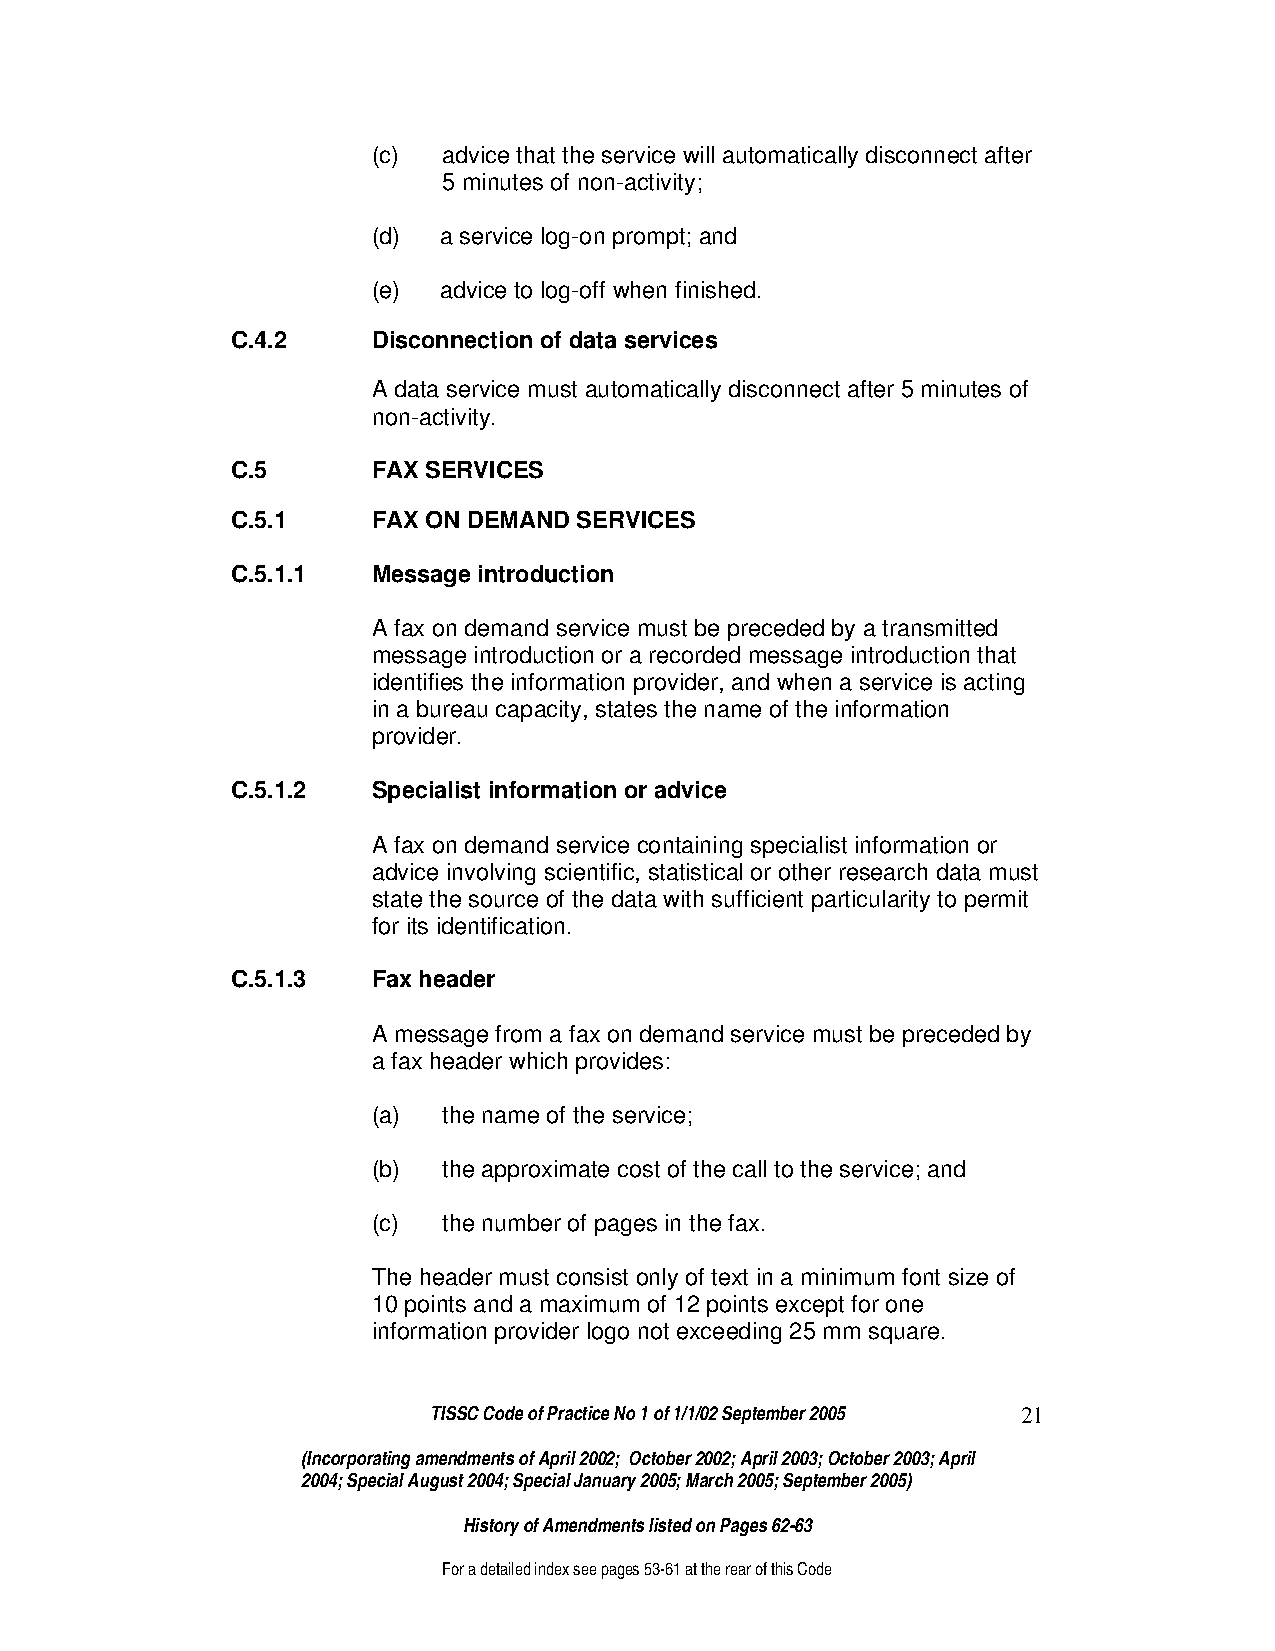
(c) advice that the service will automatically disconnect after
 5 minutes of non-activity;
 (d) a service log-on prompt; and
 (e) advice to log-off when finished.
 C.4.2     Disconnection of data services
 A data service must automatically disconnect after 5 minutes of
 non-activity.
 C.5       FAX SERVICES
 C.5.1     FAX ON DEMAND SERVICES
 C.5.1.1   Message introduction
 A fax on demand service must be preceded by a transmitted
 message introduction or a recorded message introduction that
 identifies the information provider, and when a service is acting
 in a bureau capacity, states the name of the information
 provider.
 C.5.1.2   Specialist information or advice
 A fax on demand service containing specialist information or
 advice involving scientific, statistical or other research data must
 state the source of the data with sufficient particularity to permit
 for its identification.
 C.5.1.3   Fax header
 A message from a fax on demand service must be preceded by
 a fax header which provides:
 (a) the name of the service;
 (b) the approximate cost of the call to the service; and
 (c) the number of pages in the fax.
 The header must consist only of text in a minimum font size of
 10 points and a maximum of 12 points except for one
 information provider logo not exceeding 25 mm square.
 TISSC Code of Practice No 1 of 1/1/02 September 2005 21
 (Incorporating amendments of April 2002; October 2002; April 2003; October 2003; April
 2004; Special August 2004; Special January 2005; March 2005; September 2005)
 History of Amendments listed on Pages 62-63
 For a detailed index see pages 53-61 at the rear of this Code